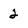
Character: 2